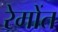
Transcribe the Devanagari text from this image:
रेमोंत